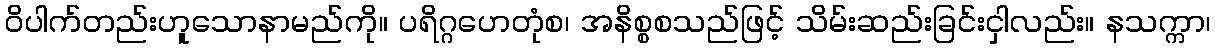
ဝိပါက်တည်းဟူသောနာမည်ကို။ ပရိဂ္ဂဟေတုံစ၊ အနိစ္စစသည်ဖြင့် သိမ်းဆည်းခြင်းငှါလည်း။ နသက္ကာ၊